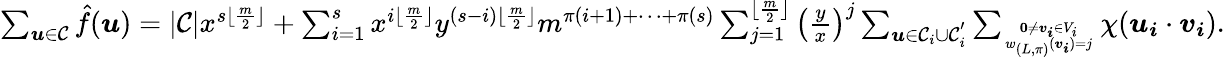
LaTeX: \begin{array}{r}{\sum_{\boldsymbol{u}\in\mathcal{C}}\hat{f}(\boldsymbol{u})=|\mathcal{C}|x^{s\lfloor\frac{m}{2}\rfloor}+\sum_{i=1}^{s}x^{i\lfloor\frac{m}{2}\rfloor}y^{(s-i)\lfloor\frac{m}{2}\rfloor}m^{\pi(i+1)+\cdots+\pi(s)}\sum_{j=1}^{\lfloor\frac{m}{2}\rfloor}\left(\frac{y}{x}\right)^{j}\sum_{\boldsymbol{u}\in\mathcal{C}_{i}\cup\mathcal{C}_{i}^{'}}\sum_{\textbf{0}\neq\boldsymbol{v_{i}}\in V_{i}\atop w_{(L,\pi)}(\boldsymbol{v_{i}})=j}\chi(\boldsymbol{u_{i}}\cdot\boldsymbol{v_{i}}).}\end{array}